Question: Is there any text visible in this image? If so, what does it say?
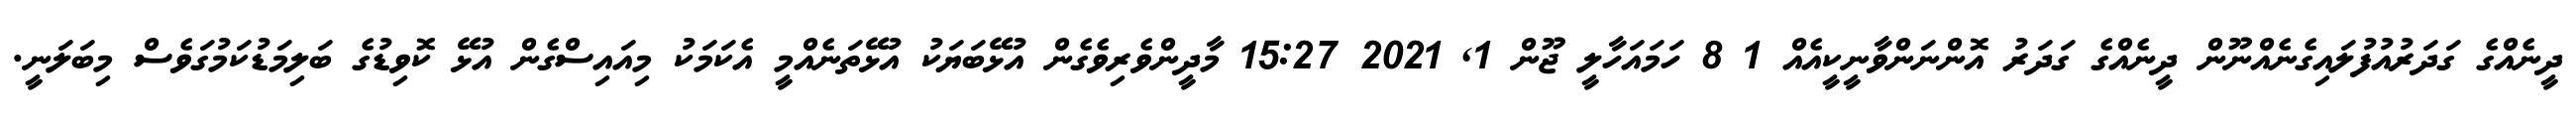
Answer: ދީނެއްގެ ގަދަރުއުފުލައިގެނެއްނޫން ދީނެއްގެ ގަދަރު އޮންނަންވާނީކީއެއް 1 8 ހަމައަހާލީ ޖޫން 1, 2021 15:27 މާދީންވެރިވެގެން އުޅޭބަޔަކު އުޅޭތަނެއްމީ އެކަމަކު މިއައިސްގެން އުޅޭ ކޮވިޑުގެ ބަލިމަޑުކަމުގަވެސް މިބަލަނީ.